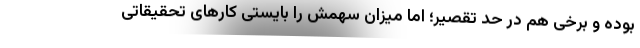
بوده و برخی هم در حد تقصیر؛ اما میزان سهمش را بایستی کارهای تحقیقاتی